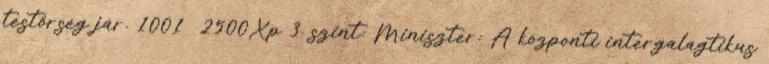
testőrség jár. 1001 2500Xp 3. szint: Miniszter: A központi intergalagtikus